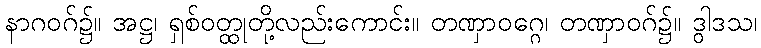
နာဂဝဂ်၌။ အဋ္ဌ၊ ရှစ်ဝတ္ထုတို့လည်းကောင်း။ တဏှာဝဂ္ဂေ၊ တဏှာဝဂ်၌။ ဒွါဒသ၊